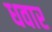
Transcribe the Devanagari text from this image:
धवार